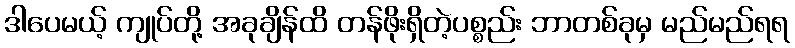
ဒါပေမယ့် ကျုပ်တို့ အခုချိန်ထိ တန်ဖိုးရှိတဲ့ပစ္စည်း ဘာတစ်ခုမှ မည်မည်ရရ